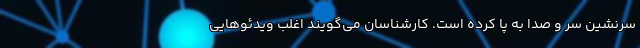
سرنشین سر و صدا به پا کرده است. کارشناسان می‌گویند اغلب ویدئوهایی